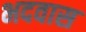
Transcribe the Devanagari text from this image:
भदवास